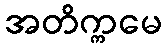
အတိက္ကမေ